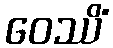
ဝေဿိံ